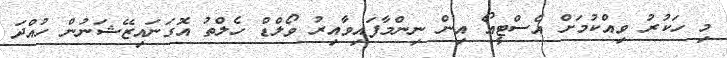
މި ހަކުރު ވިއްކުމަށް އެސްޓީއޯ އިން ނިންމާފައިވާއިރު ވޯލްޑް ހެލްތު އޮގަނައިޒޭޝަނުން ހުއްދަ